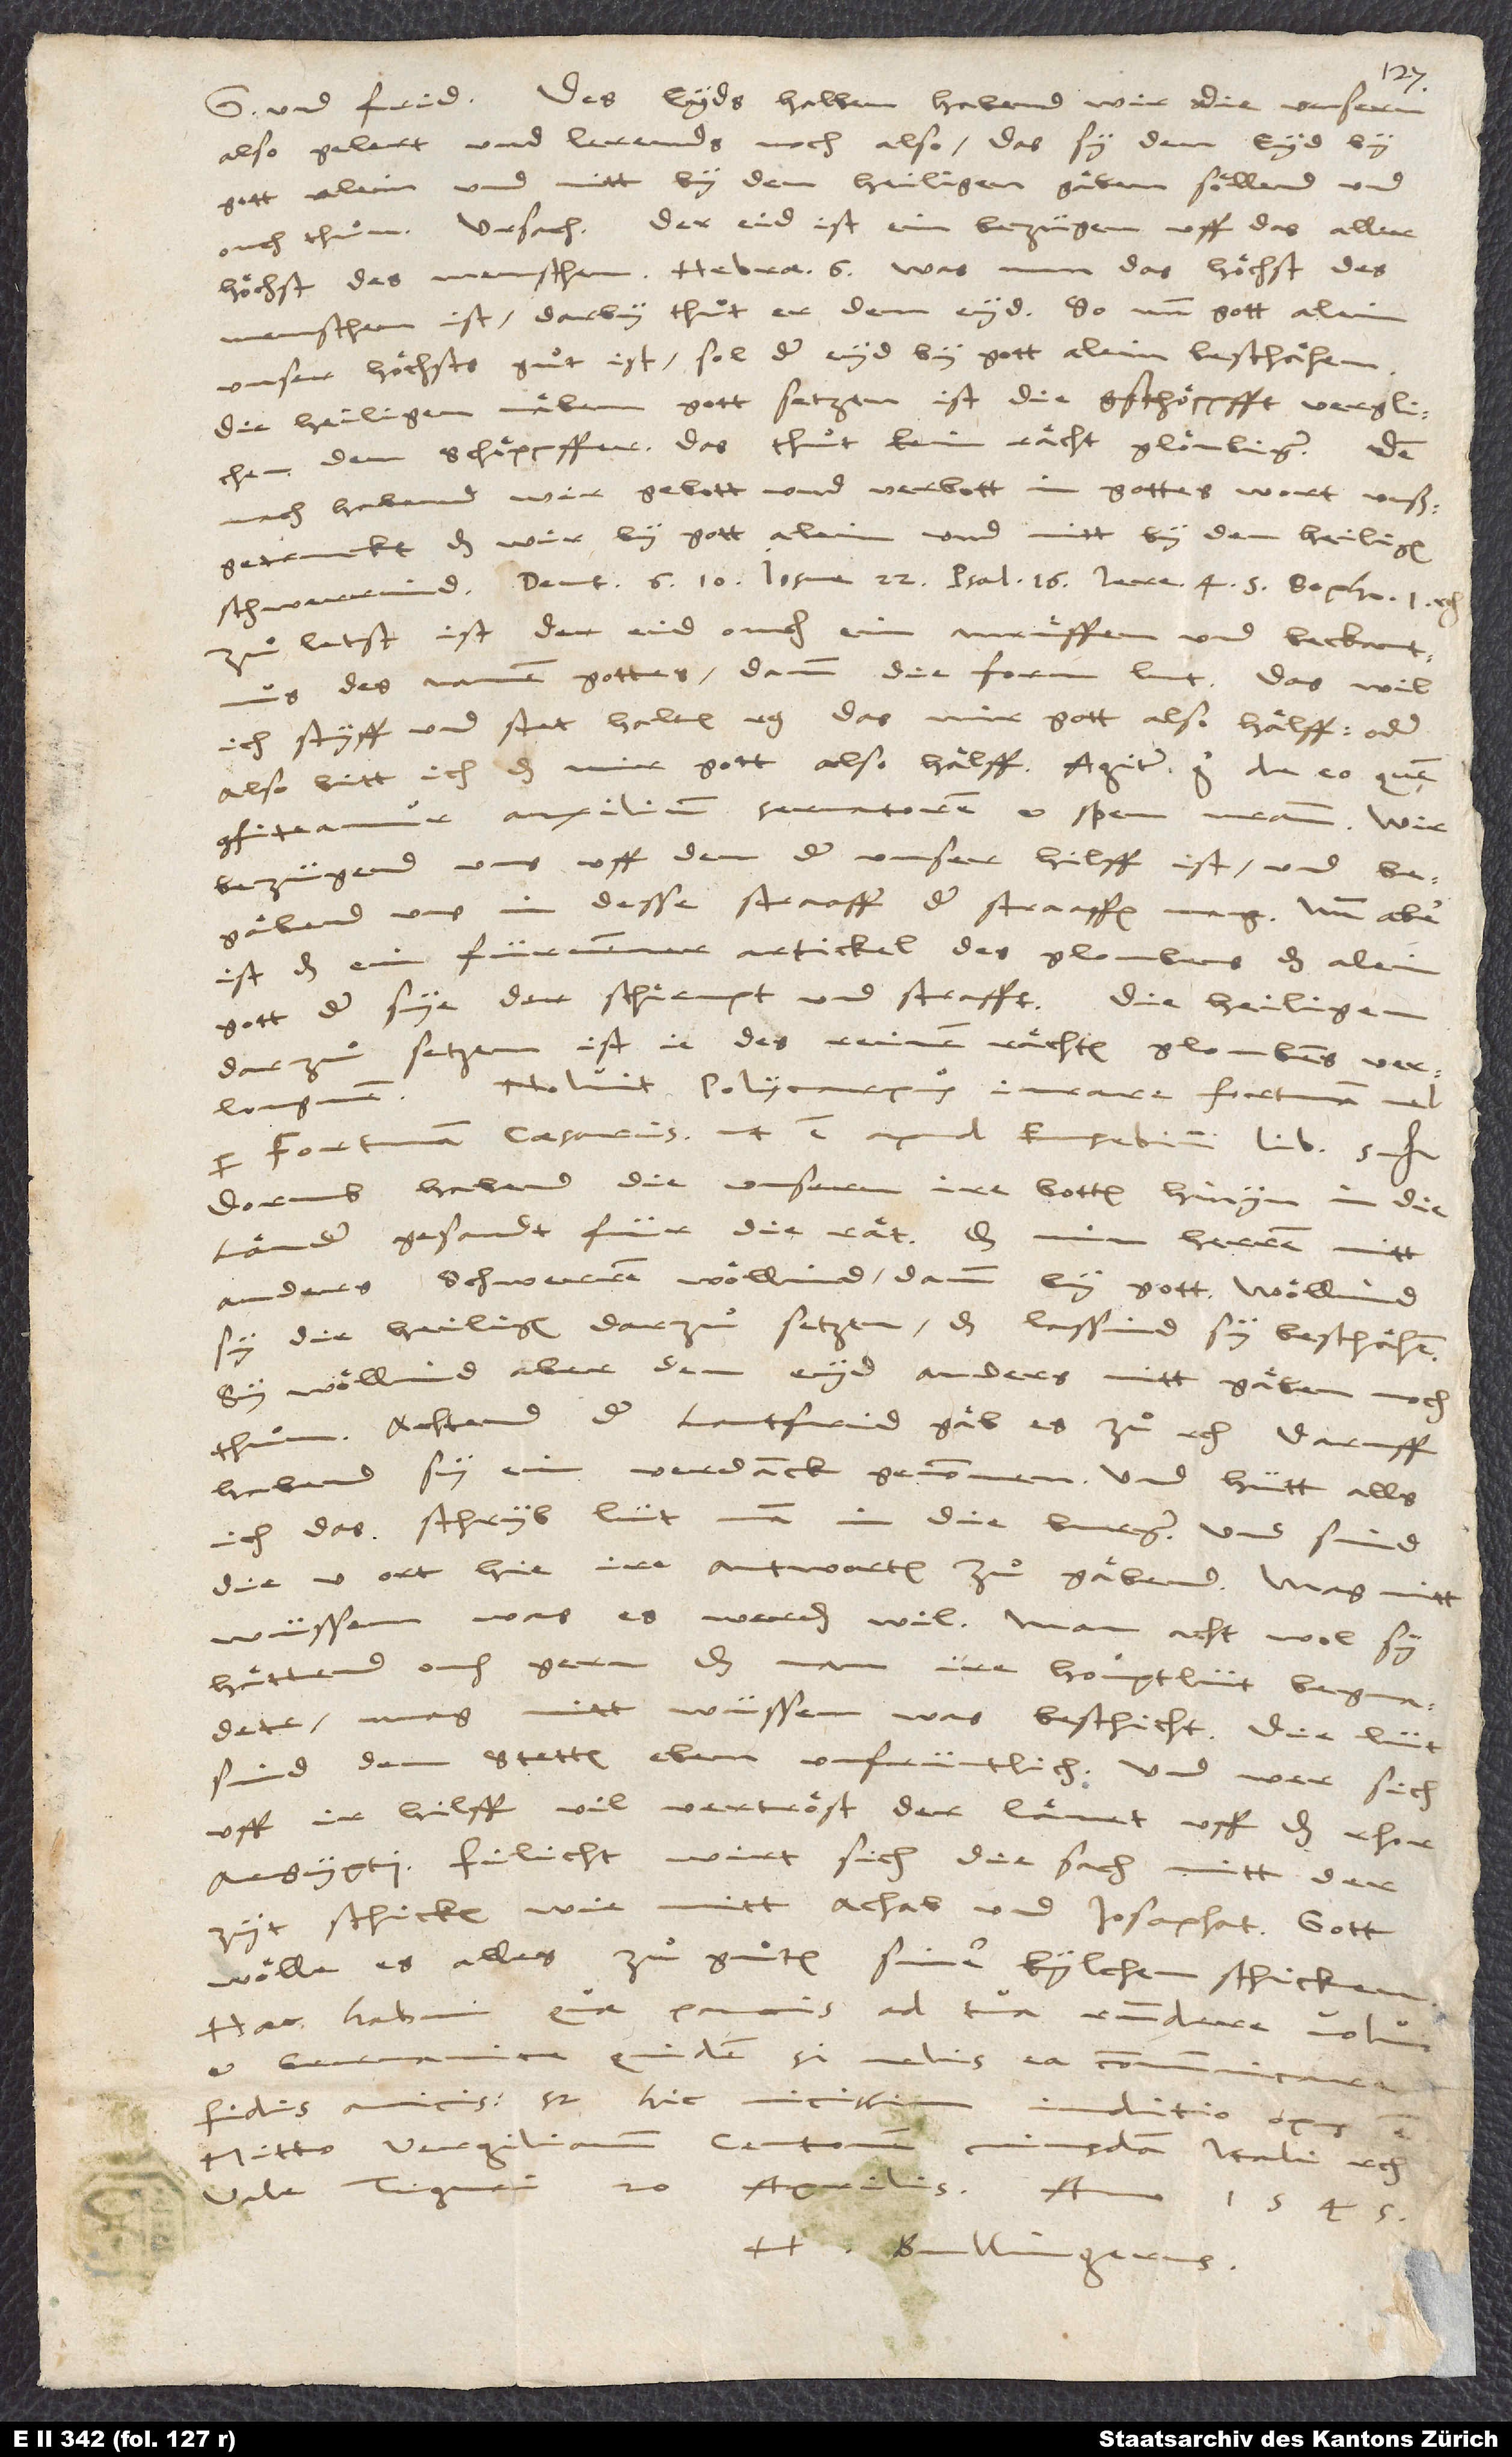
also gelert und lerends noch also, das sy den eyd by
gott alein und nitt by den heiligen gaͤben soͤllend und
ouch thuͦn. Ursach: Der eid ist ein bezügen uff das aller
Zuͦletst ist der eid ouch ein anruͤffen und beckantnus
des namen gottes, dann die form lut: „Das wil
ich styff und stet halten, etc., das mir gott also haͤlff“, oder:
„Also bitt ich, das mir gott also haͤlff.“ Agitur ergo de eo, quem
confiteamur auxilium, servatorem et spem nostram. Wir
bezügend uns uff den, der unser hilff ist, und
begaͤbend uns in desse straaff, der straaffen mag. Nun aber
ist das ein fürnemmer artickel des gloubens, das alein
gott der sye, der schirmpt und strafft; die heiligen
darzuͦsetzen, ist ie des reinen, raͤchten gloubens verlougnen.
Noluit Polycarpus iurare Fortunam vel
per Fortunam caesaris, ut est apud Eusebium lib. 5,
Dorumb habend die unseren ire botten hinyn in die
Laͤnder gesandt für die raͤt, das min herren nitt
anders schwerren woͤllind, dann by gott. Woͤllind
sy die heiligen darzuͦsetzen, das lassind sy beschaͤhen;
sy woͤllind aber den eyd anders nitt gaͤben noch
thuͦn; achtend, der lantfrid gaͤb es zuͦ, etc. Daruff
habend sy ein verdanck genommen. Und hütt, alls
ich das schryb, lüt man in die burger, und sind
die V ort hie, ire antworten zuͦ gaͤbend; mag nitt
wüssen, was es werden wil. Man acht wol, sy
haͤttend ouch gern, das man ire houͦptlüt begnadete;
mag nitt wüssen, was beschicht. Die lüt
sind den stetten eben unfrüntlich, und wer sich
uff ir hilff vil vertroͤst, der laͤnet uff das rhor
Aegypti. Filicht wirt sich die sach mitt der
zyt schicken wie mitt Achab und Josaphat. Gott
woͤlle es alles zuͦ guͦtem siner kylchen schicken.
Haec habui, quae paucis ad tua respondere volui,
Germanice quidem, si velis ea communicare
fidis amicis; sed hic vicissim
Mitto Vergilianum centonem
cuiusdam Itali, etc.
Tiguri, 20. aprilis anno 1545.
H. Bullingerus.